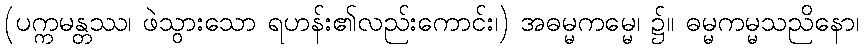
(ပက္ကမန္တဿ၊ ဖဲသွားသော ရဟန်း၏လည်းကောင်း၊) အဓမ္မကမ္မေ၊ ၌။ ဓမ္မကမ္မသညိနော၊